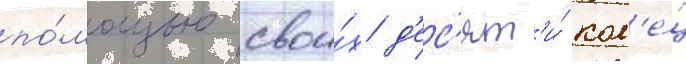
по́мощью свои́х д'ес'ят'и́ кол'е́ц